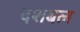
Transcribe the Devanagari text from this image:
दशबल